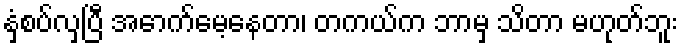
နှံ့စပ်လှပြီ အောက်မေ့နေတာ၊ တကယ်က ဘာမှ သိတာ မဟုတ်ဘူး